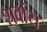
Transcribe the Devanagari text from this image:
शर्वाय